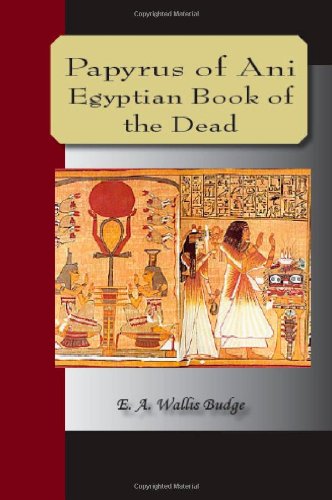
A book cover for Papyrus Of Ani - The Egyptian Book Of The Dead; E.A. Wallis Budge; Religion & Spirituality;